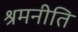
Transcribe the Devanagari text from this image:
श्रमनीति